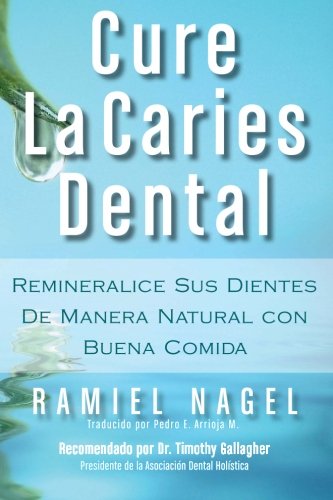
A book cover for Cure La Caries Dental: Remineralice Las Caries y Repare Sus Dientes Naturalmente Con Buena Comida (Spanish Edition); Ramiel Nagel; Medical Books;